Eesti_Ajutise_Maavalitsuse_haridusosakond, lk 70
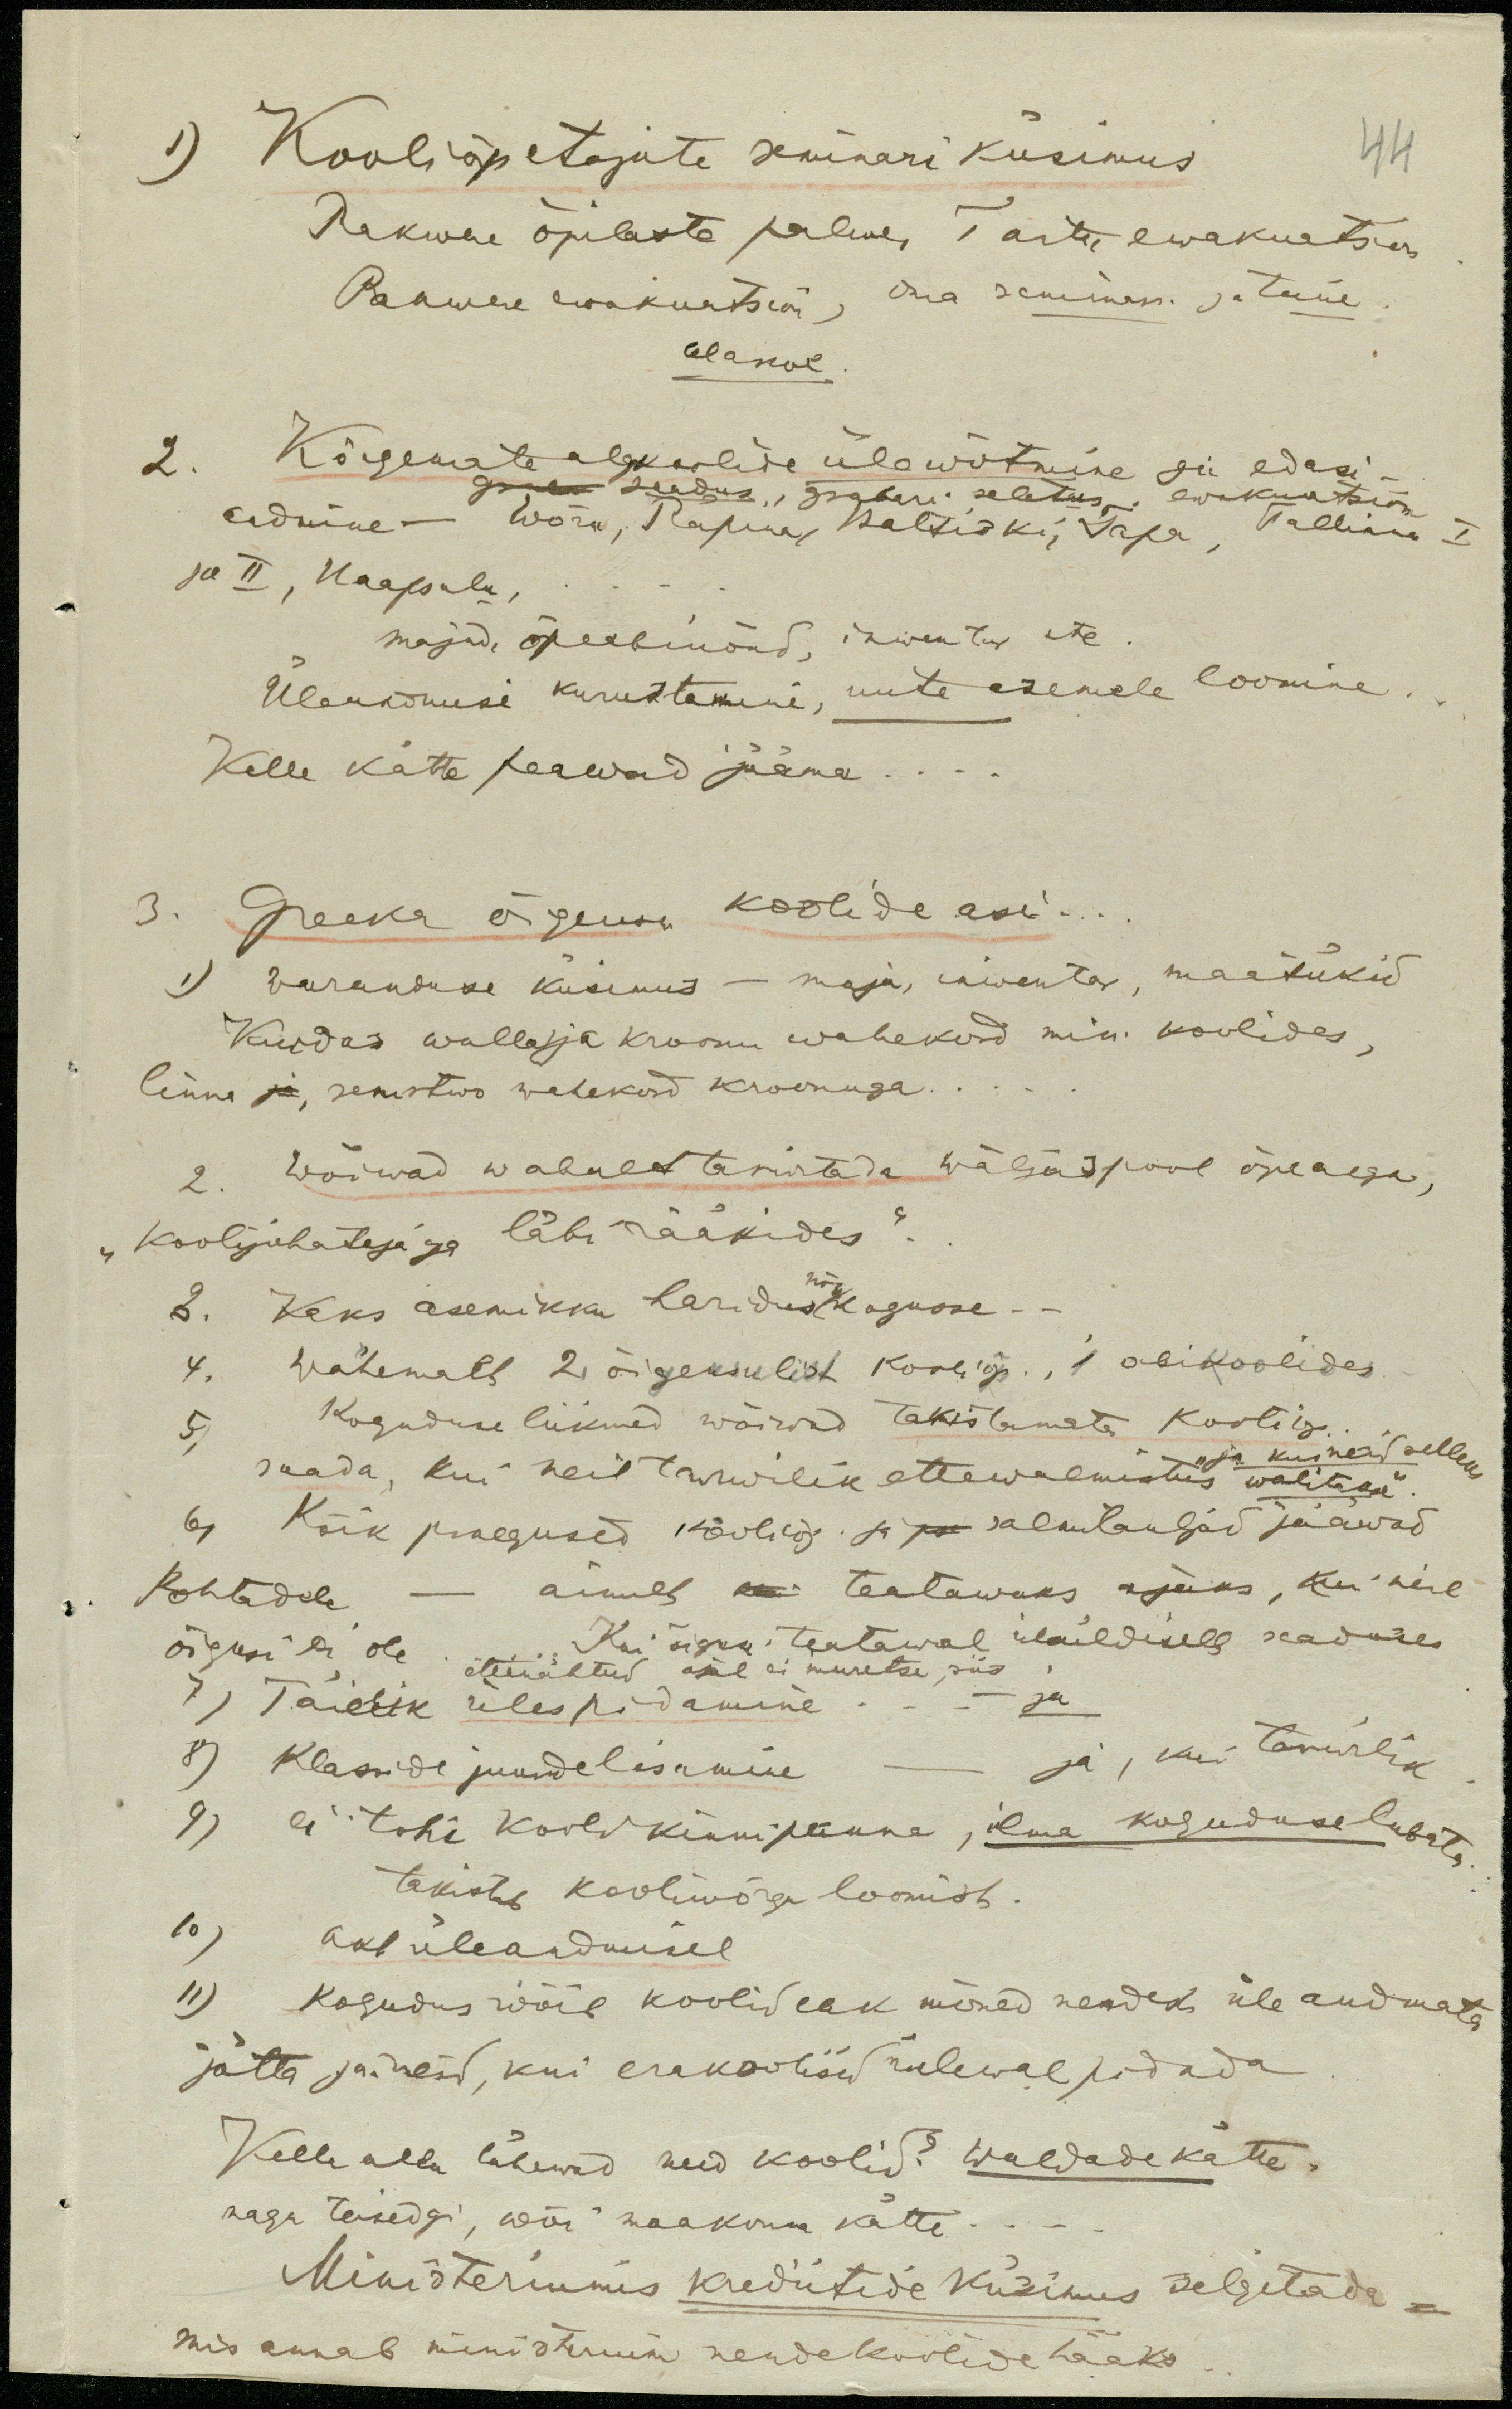
1) Kooliõpetajate seminari küsimus
44
Rakwere õpilaste palwe, Tartu ewakuatsion
Rakwere ewakuatsion, oma seminar ja teine
alakol
2. Kõrgemate algkoolide ülewõtmine ja edasi-
seadus, "Graham' seletus, ewakuatsion
andmine - Wõro, Räpina Baltiski, Tapa, Tallinna I
ja II, Haapsalu,
majad, õpeabinõud, inwentar etc
Ülenkomisi kuruteami, uute asemele loomine
Kelle kätte peawad jääma...
3. Greeka õigeusu koolide asi...
1) Waranduse küsimus - maja, inwentar, maatükid
Kuidas walla ja kroonu wahekord min. koolides,
linna ja, semstwo wahekord kroonuga.
2. Wõiwad wabalt tarwitada wäljaspool õpeaega,
"Koolijuhatajaga läbi rääkides".
3. Kaks asemikku haridus nõu kogusse -
4. Vähemalt 2 õigeusulist kooliõp. 1 abikoolides
5. Koguduse liikmed wõiwad takistamata kooliõp.
saada, kui neil tarwilik ettewalmistus ja kui neid selleks
walitakse
6, Kõik praegused kooliõp. ja salmilauljad jääwad
Kohtadele - ainult on teatawaks ajaks, kui neil
õigusi ei ole etteüültud, sül ei muretse, siis
Kui õigus teatawal üleüldisell seaduses
7) Täielik ülespidamine. - - ja
8) Klasside juurde lisamine - ja, kui tarwilik
9) ei tohi kooli kinnipanna, ilma koguduse lubata
takistab kooliwõrgu loomist
10) akt üleandmisel.
11) kogudus wõib koolid eak mõned nendeks üle andmata
jätta ja neid, kui erakoolisid tulewal pidada
Kelle alla lähewad need koolid? Waldade kätte.
nagu teisedgi, wõi maakonna kätte.
Ministeriumis krediitide küsimus selgitada-
mis annab ministeerium nende koolide hääks